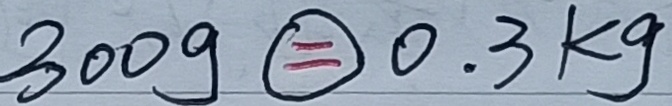
3 0 0 g \textcircled { = } 0 . 3 k g